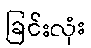
ခြင်းလုံး